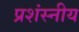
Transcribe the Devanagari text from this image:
प्रशंस्नीय